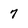
Character: 7